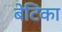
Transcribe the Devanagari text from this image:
बेटिका